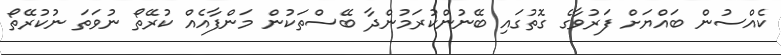
ކެއްސުން ބައްޔަށް ފަރުވާގެ ގޮތުގައި ބޭނުންކުރަމުންދާ ބޭސްތަކުން މަންފާއެއް ކުރޭތޯ ނުވަތަ ނުކުރޭތޯ